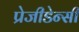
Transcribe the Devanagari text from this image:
प्रेजीडेन्सी